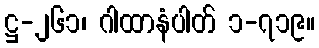
ဋ္ဌ-၂၆၁၊ ဂါထာနံပါတ် ၁-၇၁၉။